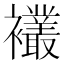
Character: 𫌘